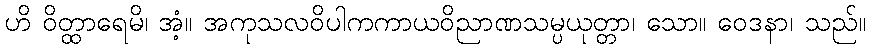
ဟိ ဝိတ္ထာရေမိ၊ အံ့။ အကုသလဝိပါကကာယဝိညာဏသမ္ပယုတ္တာ၊ သော။ ဝေဒနာ၊ သည်။